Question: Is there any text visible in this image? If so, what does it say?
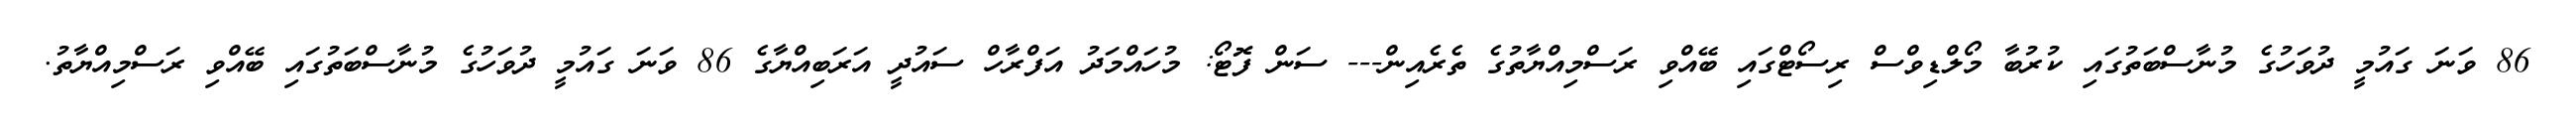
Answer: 86 ވަނަ ގައުމީ ދުވަހުގެ މުނާސްބަތުގައި ކުރުބާ މޯލްޑިވްސް ރިސޯޓްގައި ބޭއްވި ރަސްމިއްޔާތުގެ ތެރެއިން--- ސަން ފޮޓޯ: މުހައްމަދު އަފްރާހް ސައުދީ އަރަބިއްޔާގެ 86 ވަނަ ގައުމީ ދުވަހުގެ މުނާސްބަތުގައި ބޭއްވި ރަސްމިއްޔާތު.